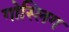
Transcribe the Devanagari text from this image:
गोस्लिग